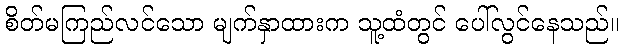
စိတ်မကြည်လင်သော မျက်နှာထားက သူ့ထံတွင် ပေါ်လွင်နေသည်။